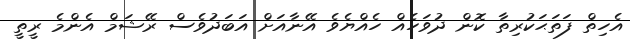
އެހިތް ފަތަޙަކުރިތާ ކޮން ދުވަހެއް ހެއްޔެވެ އޭނާއަށް އަބަދުވެސް ރޭޝަމް އެންމެ ރީތީ